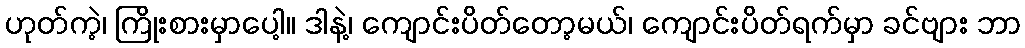
ဟုတ်ကဲ့၊ ကြိုးစားမှာပေါ့။ ဒါနဲ့၊ ကျောင်းပိတ်တော့မယ်၊ ကျောင်းပိတ်ရက်မှာ ခင်ဗျား ဘာ